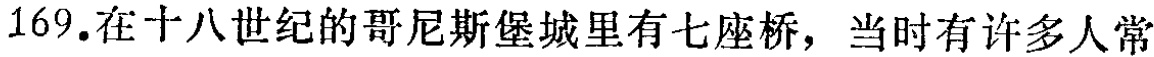
169.在十八世纪的哥尼斯堡城里有七座桥，当时有许多人常